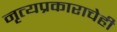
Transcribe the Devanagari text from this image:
नृत्यप्रकाराचेही